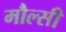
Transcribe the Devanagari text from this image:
मौल्सी